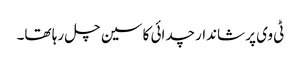
ٹی وی پر شاندار چدائی کا سین چل رہا تھا۔